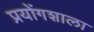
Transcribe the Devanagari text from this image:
प्रयोंगशाला